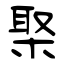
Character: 棸